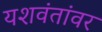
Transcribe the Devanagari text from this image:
यशवंतांवर